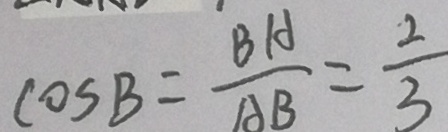
\cos B = \frac { B A } { A B } = \frac { 2 } { 3 }